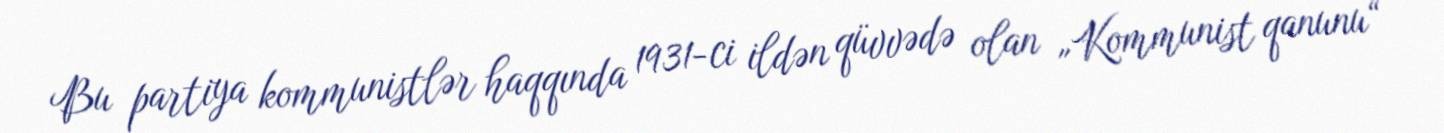
Bu partiya kommunistlər haqqında 1931-ci ildən qüvvədə olan „Kommunist qanunu“